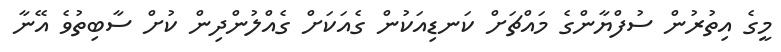
މީގެ އިތުރުން ސުފްޔާންގެ މައްޗަށް ކަނޑިއަކުން ގެއަކަށް ގެއްލުންދިން ކުށް ސާބިތުވެ އޭނާ